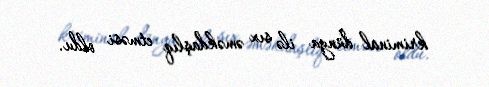
kriminal dünya ilə sıx əməkdaşlıq etməsi oldu.